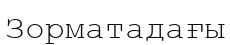
Зорматадағы